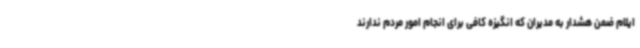
ایلام ضمن هشدار به مدیران که انگیزه کافی برای انجام امور مردم ندارند